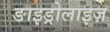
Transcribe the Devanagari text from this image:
ङाइड्रोलाइज़